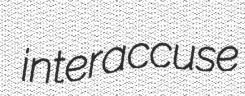
interaccuse